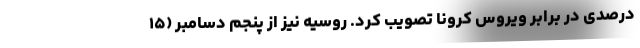
درصدی در برابر ویروس کرونا تصویب کرد. روسیه نیز از پنجم دسامبر (۱۵